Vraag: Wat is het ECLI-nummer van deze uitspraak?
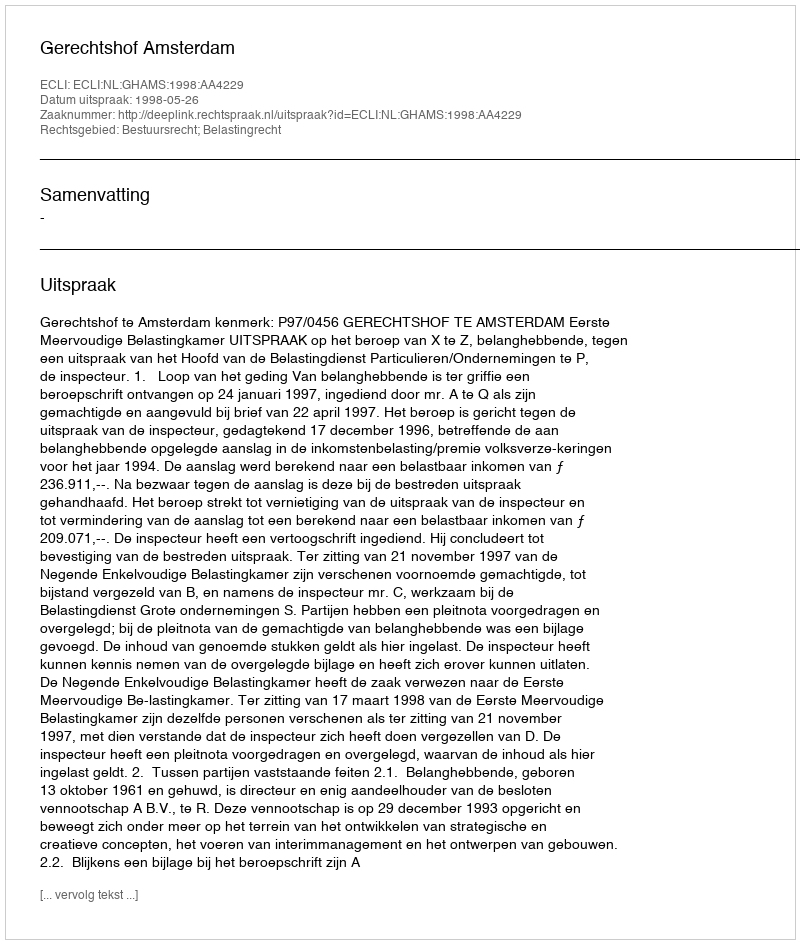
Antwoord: ECLI:NL:GHAMS:1998:AA4229